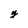
Character: g